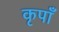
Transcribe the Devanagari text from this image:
कृपाँ